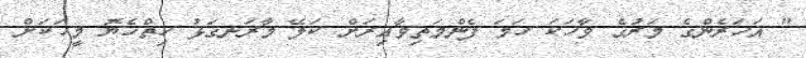
" އަހަރެންގެ މަރުގެ ވާހަކަ ހަމަ ފެންމަތިވާއިރަށް ކަލޭ މާރަނގަޅު ހިތްހެޔޮ މީހަކަށް